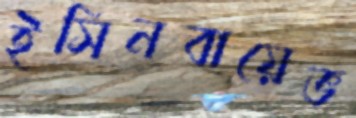
ইসিনবায়েভ